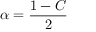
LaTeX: \alpha = { \frac { 1 - C } { 2 } }